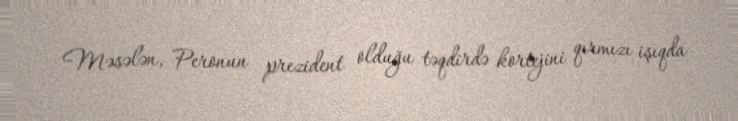
Məsələn, Peronun prezident olduğu təqdirdə kortejini qırmızı işıqda